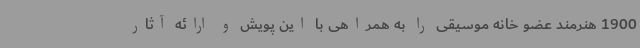
1900 هنرمند عضو خانه موسیقی را به همراهی با این پویش و ارائه آثار